Medical and sanitary report of the native army of Bengal for the year
Year: 1877
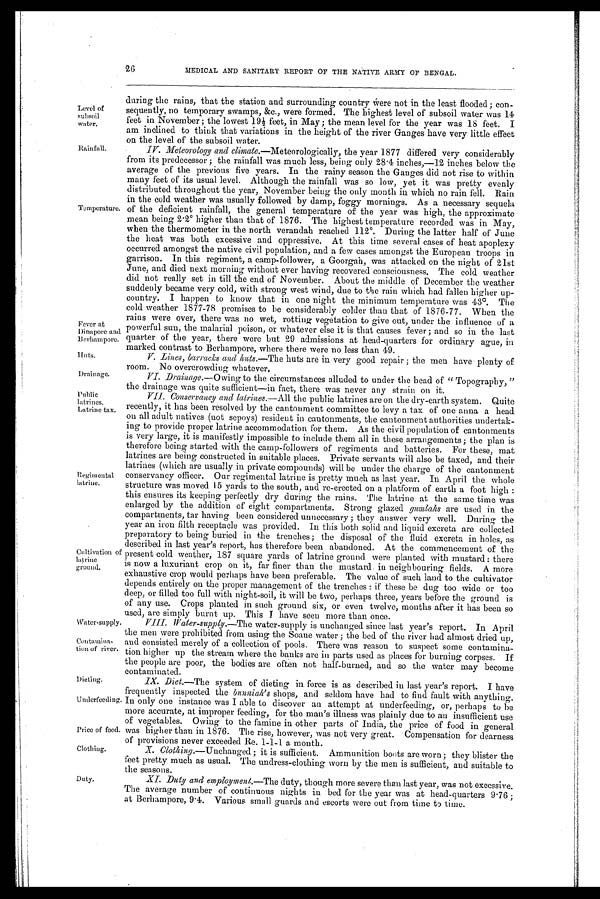
Huts.
Drainage.
Water-supply.
Contamina
-tion of river.
Dieting.
Underfeeding.
Price of food.
Clothing.
26
MEDICAL AND SANITARY REPORT OF THE NATIVE ARMY OF BENGAL.
Level of
subsoil
water.
Temperature.
Fever at
Dinapore
Berhampore.
during the rains, that the station and surrounding country Were not in the least flooded; con-
sequently, no temporary swamps, &c., were formed. The highest level of subsoil water was 14
feet i n November; t he l owest 19½ feet , i n May; t he mean l evel for t he year was 18 feet . I
am inclined to think that variations in the height of the river Ganges have very little effect
on the level of the subsoil water.
.IV. Meteorology and climate.—Meteorologically, the year 1877 differed very considerably
from its predecessor; the rainfall was much less, being only 28
.
4 inches,—12 inches below the
average of the previous five years. In the rainy season the Ganges did not rise to within
many feet of its usual level. Although the rainfall was so low, yet it was pretty evenly
distributed throughout the year, November being the only month in which no rain fell. Rain
in the cold weather was usually followed by damp, foggy mornings. As a necessary sequela
of the deficient rainfall, the general temperature of the year was high, the approximate
mean being 2 . 2° higher than that of 1876. The highest temperature recorded was in May,
when the thermometer in the north verandah reached 112°. During the latter half of June
the heat was both excessive and oppressive. At this time several cases of heat apoplexy
occurred among amongst the native civil population, and a few cases amongst the European troops in
garrison. In this regiment, a camp-follower, a Goorgah, was attacked on the night of 21st
J u n e , a n d d i e d n e x t m o r n i n g w i t h o u t e v e r h a v i n g r e c o v e r e d c o n s c i o u s n e s s . T h e c o l d w e a t h e r
did not really set in till the end of November. About the middle of December the weather
suddenly became very cold, with strong west wind, due to the rain which had fallen higher up-
country. I happen to know that in one night the minimum temperature was 43 0. The
cold weather 1877-78 promises to be considerably colder than that of 1876-77. When the
rains were over, there was no wet, rotting vegetation to give out, under the influence of a
powerful sun, the malarial poison, or whatever else it is that causes fever; and so in the last
quarter of the year, there were but 29 admissions at head-quarters for ordinary ague, in
marked contrast to Berhampore, where there were no less than 49.
V. Lines, 'barracks and huts.—The huts are in very good repair; the men have plenty of
room. No overcrowding whatever.
VI. Drainage.— Owing to the circumstances alluded to under the head of " Topography, "
the drainage was quite sufficient—in fact, there was never any strain on it.
Public
latrines.
Latrine tax.
Regimental
latrine.
Cultivation of latrine
ground.
VII. Conservancy and latrines.—All the public latrines are on the dry-earth system. Quite
recently, it has been resolved by the cantonment committee to levy a tax of one anna a head
on all adult natives (not sepoys) resident in cantonments, the cantonment authorities undertak-
ing to provide proper latrine accommodation for them. As the civil population of cantonments
is very large, it is manifestly impossible to include them all in these arrangements; the plan is
therefore being started with the camp-followers of regiments and batteries. For these, mat
latrines are being constructed in suitable places. Private servants will also be taxed, and their
latrines (which are usually in private compounds) will be under the charge of the cantonment
conservancy officer. Our regimental latrine is pretty much as last year. In April the whole
structure was moved 15 yards to the south, and re-erected on a platform of earth a foot high:
this ensures its keeping perfectly dry during the rains. The latrine at the same time was
enlarged by the addition of eight compartments. Strong glazed gumlahs are used in the
compartments, tar having been considered unnecessary; they answer very well. During the
year an iron filth receptacle was provided. In this both solid and liquid excreta are collected
preparatory to being buried in the trenches; the disposal of the fluid excreta in holes, as
described in last year's report, has therefore been abandoned. At the commencement of the
present cold weather, 187 square yards of latrine ground were planted with mustard: there
is now a luxuriant crop on it, far finer than the mustard in neighbouring fields. A more
exhaustive crop would perhaps have been preferable. The value of such land to the cultivator
depends entirely on the proper management of the trenches: if these be dug too wide or too
deep, or filled too full with night-soil, it will be two, perhaps three, years before the ground is
of any use. Crops planted in such ground six, or even twelve, months after it has been so
used, are simply burnt up. This I have seen more than once.
VIII. Water-supply.—The water-supply is unchanged since last year's report. In April
the men were prohibited from using the Soane water; the bed of the river had almost dried up,
and consisted merely of a collection of pools. There was reason to suspect some contamina-
tion higher up the stream where the banks are in parts used as places for burning corpses. If
the people are poor, the bodies are often not half-burned, and so the water may become
contaminated.
IX. Diet.—The system of dieting in force is as described in last year's report. I have
frequently inspected the bunniah's shops, and seldom have had to find fault with anything,
In only one instance was I able to discover an attempt at underfeeding, or, perhaps to be
more accurate, at improper feeding, for the man's illness was plainly due to an insufficient use
of vegetables. Owing to the famine in other parts of India, the price of food in general
was higher than in 1876. The rise, however, was not very great. Compensation for dearness
of provisions never exceeded Re. 1-1-1 a month.
X. Clothing .—Unchanged; it is sufficient. Ammunition boots are worn; they blister the
feet pretty much as usual, The undress-clothing worn by the men is sufficient, and suitable to
the seasons.
Duty.
XI. Duty and employment.—The duty, though more severe than last year, was not excessive.
The average number of continuous nights in bed for the year was at head-quarters 9 . 76 ;
at Berhampore, 9.4. Various small guards and escorts were out from time to time.